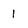
Character: 1